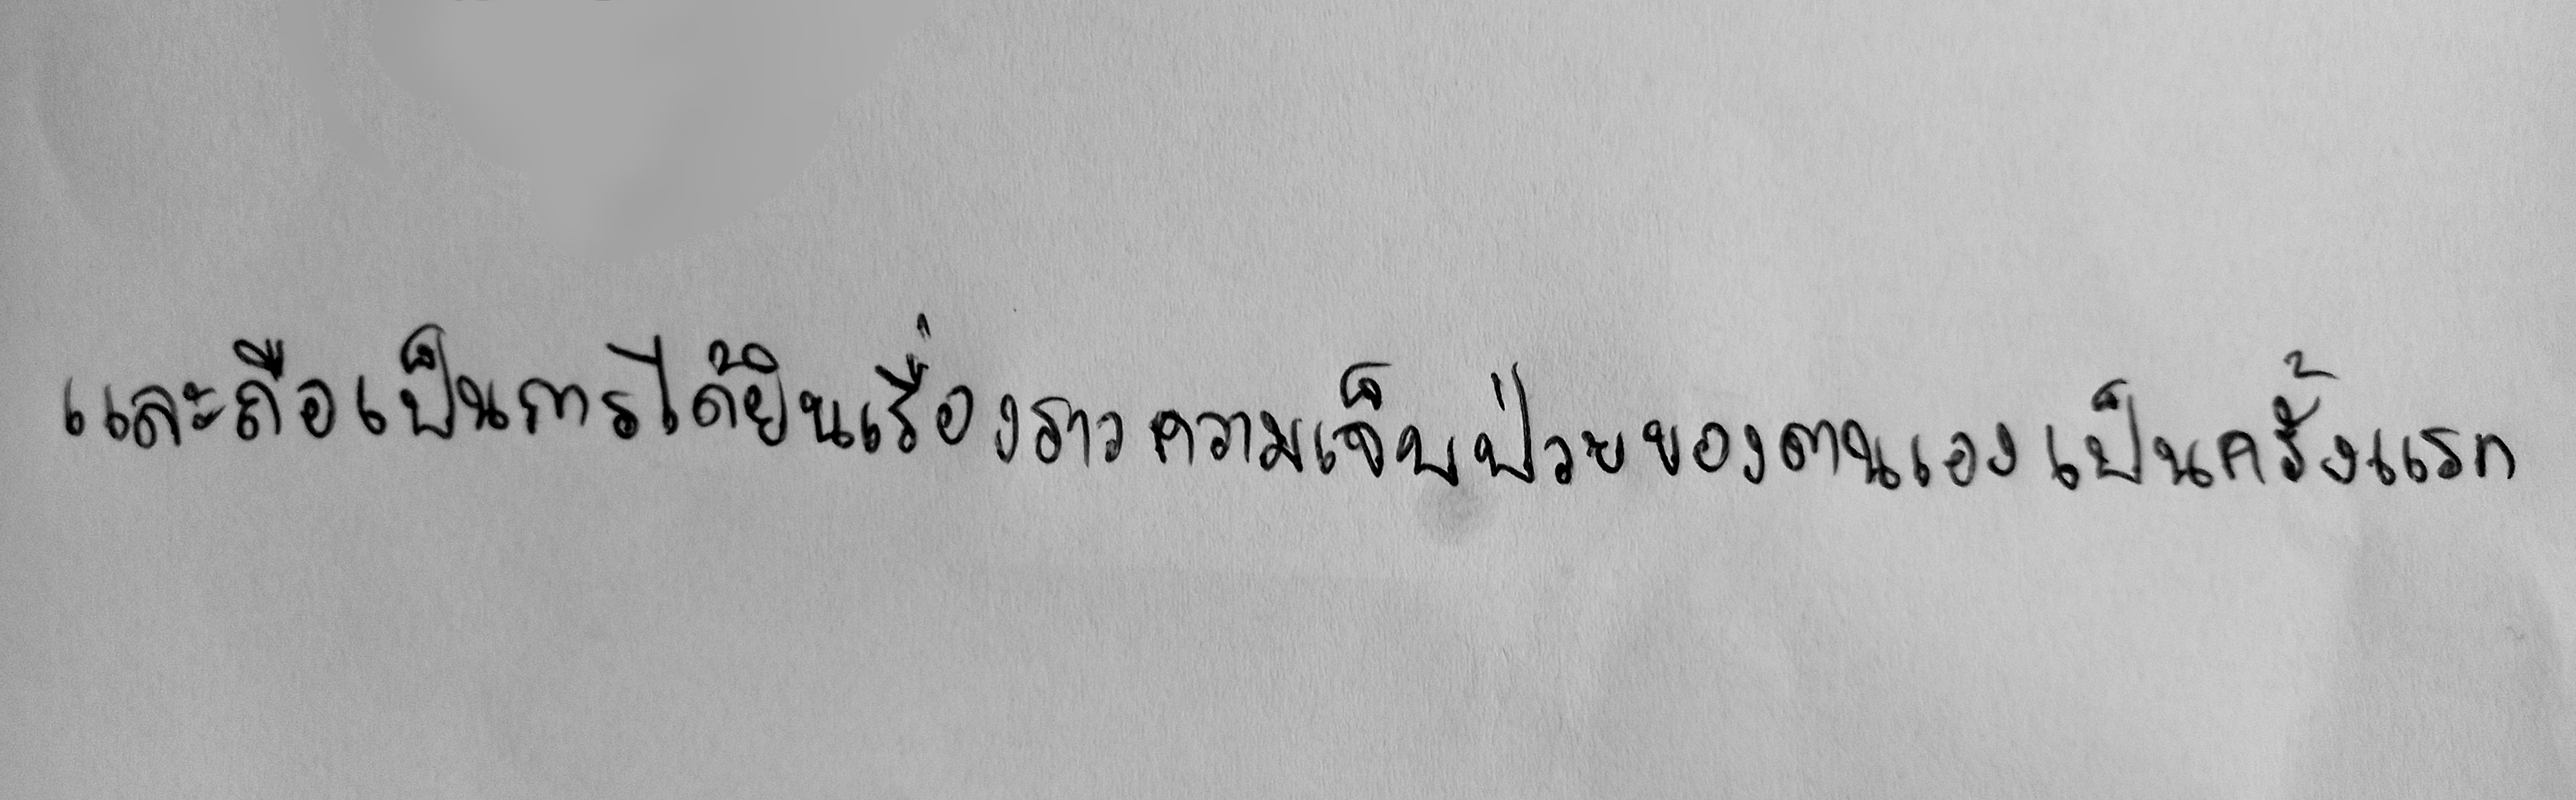
และถือเป็นการได้ยินเรื่องราวความเจ็บป่วยของตนเองเป็นครั้งแรก